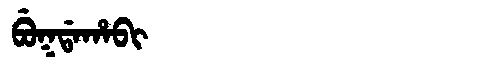
Manchu: ᠪᡠᡴᡩᠠᡥᠠᠪᡳ
Romanization: BUKDAHABI